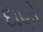
દાણો